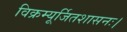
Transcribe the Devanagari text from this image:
विक्रम्यूर्जितशासनः।